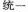
统一